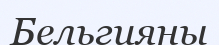
Бельгияны